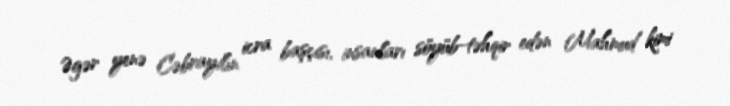
Əgər yenə Cəbrayılın icra başçısı, insanları söyüb-təhqir edən Mahmud kimi